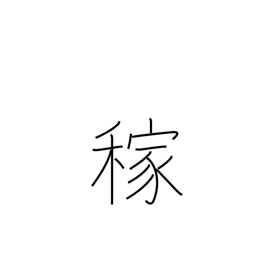
Meaning: earnings